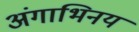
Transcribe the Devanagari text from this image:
अंगाभिनय